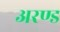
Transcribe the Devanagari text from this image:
अरण्ड